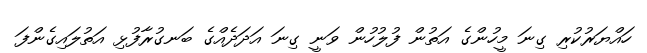
ހައްޔަރުކުރި ގިނަ މީހުންގެ އަތުން ފުލުހުން ވަނީ ގިނަ އަދަދެއްގެ ބަނގުރާފުޅި އަތުލައިގެންފަ